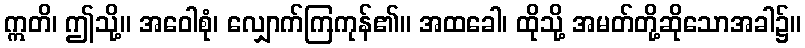
ဣတိ၊ ဤသို့။ အဝေါစုံ၊ လျှောက်ကြကုန်၏။ အထခေါ၊ ထိုသို့ အမတ်တို့ဆိုသောအခါ၌။